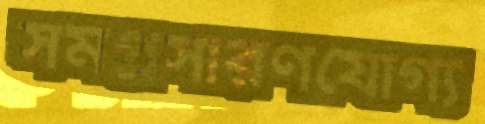
সমপ্রসারণযোগ্য